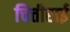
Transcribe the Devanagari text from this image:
चित्तीराई